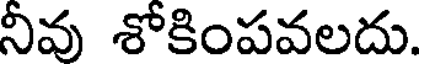
నీవు శోకింపవలదు.